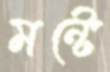
মন্টে